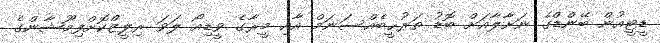
ޑީޓީއުން ބޭންޑްގެ ނަށާލާއަށް ބޮޑު ތަރުޙީބެއްސަނަމް އާއި މީރާގެ ވީޑިއޯ ލަވަ ރިލީޒްކޮށްފިމޫޝާންގެ